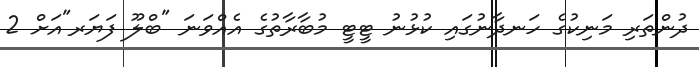
ދުންތަރި މަނިކުގެ ހަނދާނުގައި ކުޅުނު ޓީޓީ މުބާރާތުގެ އެއްވަނަ "ބްލޫ ފަޔަރ"އަށް 2